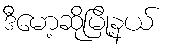
ဒီမော့ဆိုမြို့နယ်